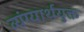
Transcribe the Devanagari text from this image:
व्यंग्यार्थयुक्त